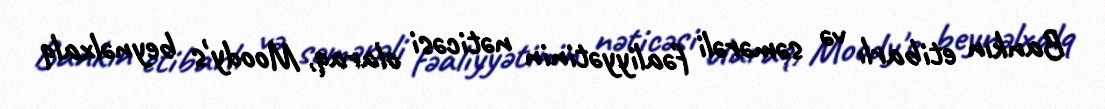
Bankın etibarlı və səmərəli fəaliyyətinin nəticəsi olaraq, Moody's beynəlxalq